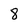
Character: 8